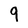
Character: 9